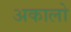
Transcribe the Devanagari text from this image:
अकालो